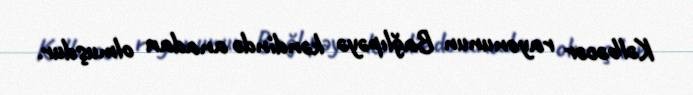
Kəlbəcər rayonunun Bağlıpəyə kəndində anadan olmuşdur.